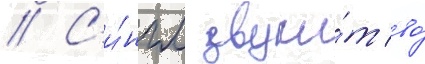
// С'и́нгл звучи́т во́